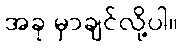
အခု မှာချင်လို့ပါ။